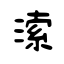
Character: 溹